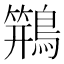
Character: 𱈸